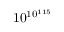
1 0 ^ { 1 0 ^ { 1 1 5 } }